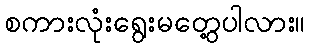
စကားလုံးရွေးမတွေ့ပါလား။